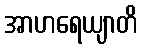
အာဟရေယျာတိ